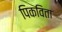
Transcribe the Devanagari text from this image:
पिकविता